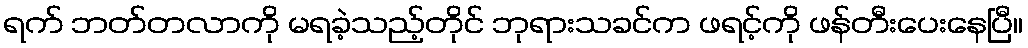
ရက် ဘတ်တလာကို မရခဲ့သည့်တိုင် ဘုရားသခင်က ဖရင့်ကို ဖန်တီးပေးနေပြီ။